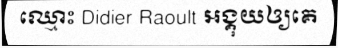
ឈ្មោះ Didier Raoult អង្គុយឲ្យគេ